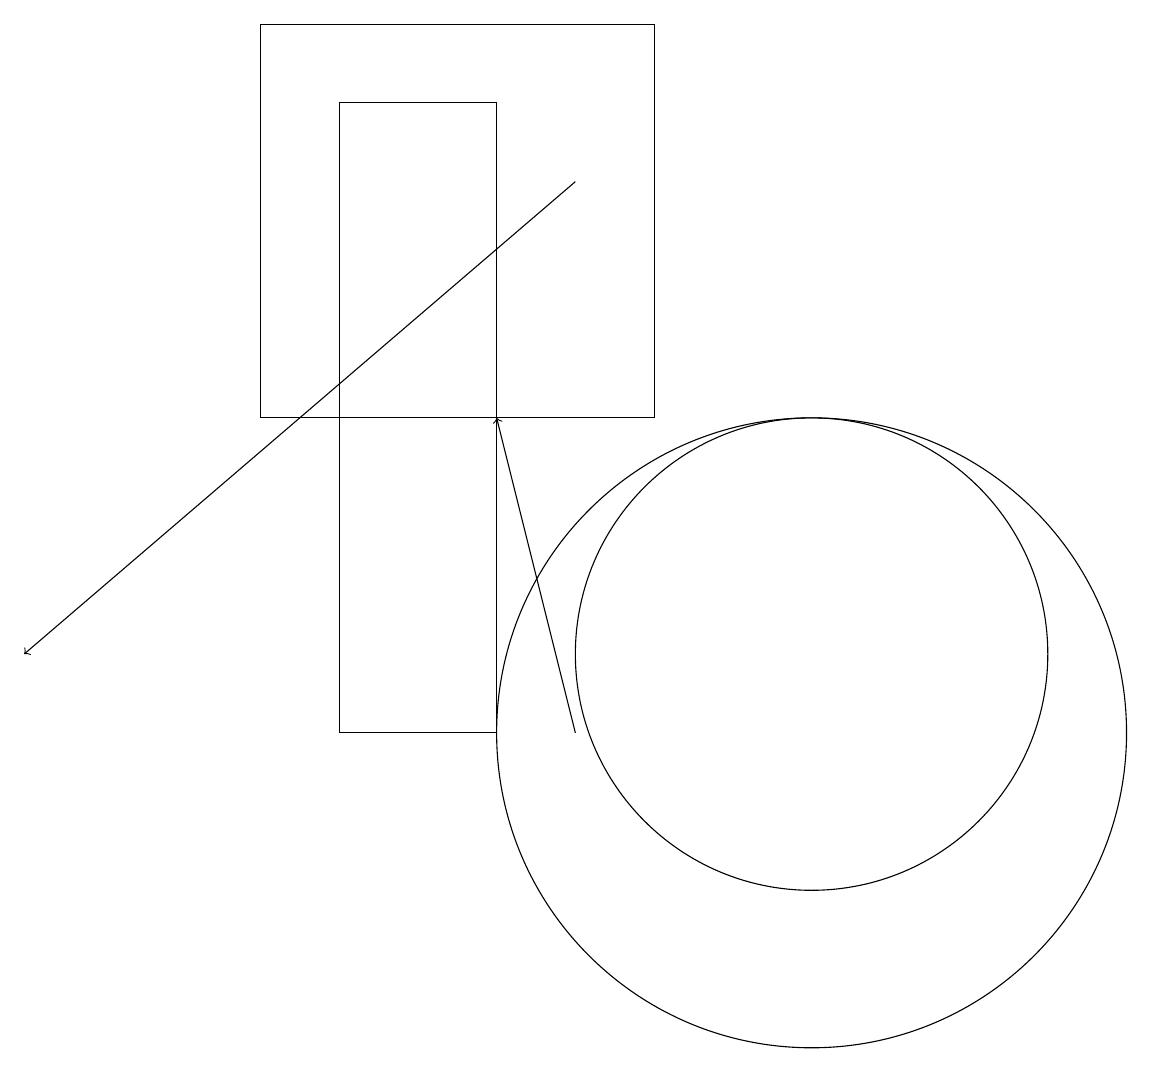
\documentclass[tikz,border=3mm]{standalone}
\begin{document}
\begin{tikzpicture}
\draw (4,10) rectangle (6,18);
\draw[->] (7,17) -- (0,11);
\draw[->] (7,10) -- (6,14);
\draw (10,10) circle (4);
\draw (3,19) rectangle (8,14);
\draw (10,11) circle (3);
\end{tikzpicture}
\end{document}